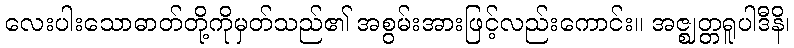
လေးပါးသောဓာတ်တို့ကိုမှတ်သည်၏ အစွမ်းအားဖြင့်လည်းကောင်း။ အဇ္ဈတ္တရူပါဒီနိ၊